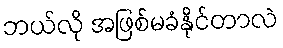
ဘယ်လို အဖြစ်မခံနိုင်တာလဲ